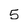
Character: 5